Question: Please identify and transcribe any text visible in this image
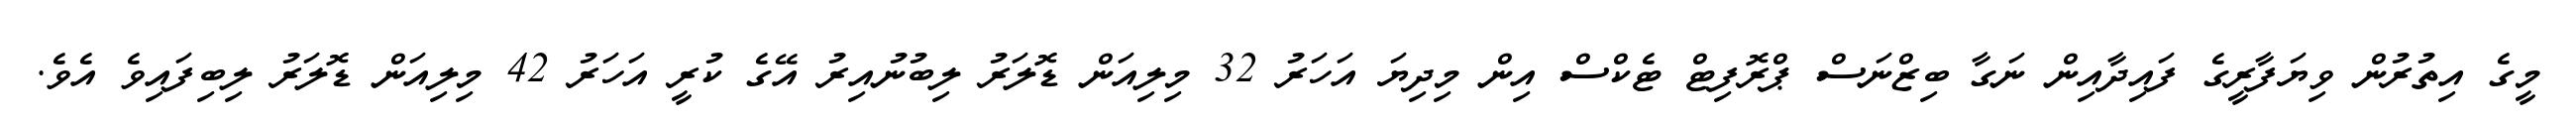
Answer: މީގެ އިތުރުން ވިޔަފާރީގެ ފައިދާއިން ނަގާ ބިޒްނަސް ޕްރޮފިޓް ޓެކްސް އިން މިދިޔަ އަހަރު 32 މިލިއަން ޑޮލަރު ލިބުނުއިރު އޭގެ ކުރީ އަހަރު 42 މިލިއަން ޑޮލަރު ލިބިފައިވެ އެވެ.